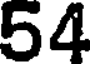
54